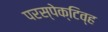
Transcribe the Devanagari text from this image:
परस्पेक्टिव्ह